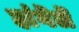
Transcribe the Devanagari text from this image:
हांगॆलॆ